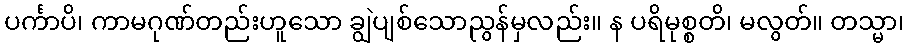
ပင်္ကာပိ၊ ကာမဂုဏ်တည်းဟူသော ချွဲပျစ်သောညွန်မှလည်း။ န ပရိမုစ္စတိ၊ မလွတ်။ တသ္မာ၊